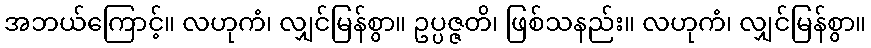
အဘယ်ကြောင့်။ လဟုကံ၊ လျှင်မြန်စွာ။ ဥပ္ပဇ္ဇတိ၊ ဖြစ်သနည်း။ လဟုကံ၊ လျှင်မြန်စွာ။